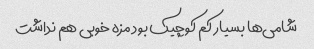
شامی‌ها بسیار کم کوچیک بود مزه خوبی هم نداشت